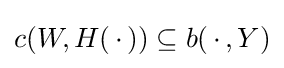
c(W,H(\,\cdot \,))\subseteq b(\,\cdot \,,Y)